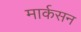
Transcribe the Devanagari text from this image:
मार्कसन